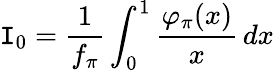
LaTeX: \mathtt{I}_{0}=\frac{1}{{f_{\pi}}}\int_{0}^{1}\frac{{\varphi_{\pi}(x)}}{{x}}\, dx